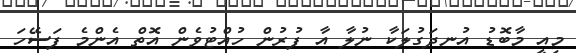
މިއީ މާބޮޑު އުނދަގުލަކާ ނުލާ އާ ފުރުން ހުއްޓުވެން އޮތް އެންމެ ފަސޭހަ